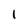
Character: I